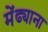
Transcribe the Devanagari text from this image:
मेंढ्याना